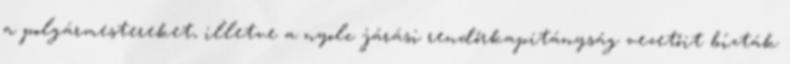
a polgármestereket, illetve a nyolc járási rendőrkapitányság vezetőit bízták